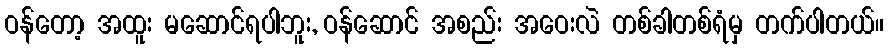
ဝန်တော့ အထူး မဆောင်ရပါဘူး, ဝန်ဆောင် အစည်း အဝေးလဲ တစ်ခါတစ်ရံမှ တက်ပါတယ်။